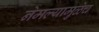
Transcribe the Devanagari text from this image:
नेमल्यामुळेच